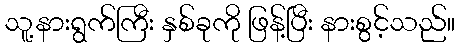
သူ့နားရွက်ကြီး နှစ်ခုကို ဖြန့်ပြီး နားစွင့်သည်။